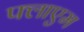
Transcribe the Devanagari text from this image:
फ्लाएम